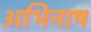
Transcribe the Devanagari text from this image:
अभिनाष